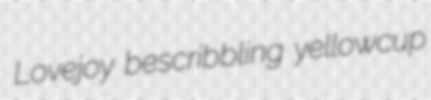
Lovejoy bescribbling yellowcup